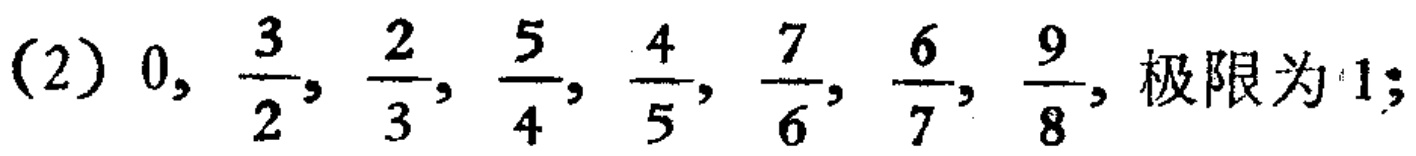
(2) \(0, \frac{3}{2}, \frac{2}{3}, \frac{5}{4}, \frac{4}{5}, \frac{7}{6}, \frac{6}{7}, \frac{9}{8}\), 极限为 1;